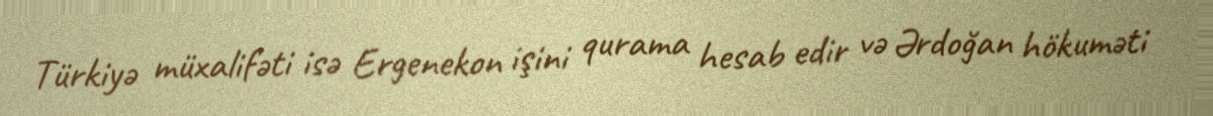
Türkiyə müxalifəti isə Ergenekon işini qurama hesab edir və Ərdoğan hökuməti